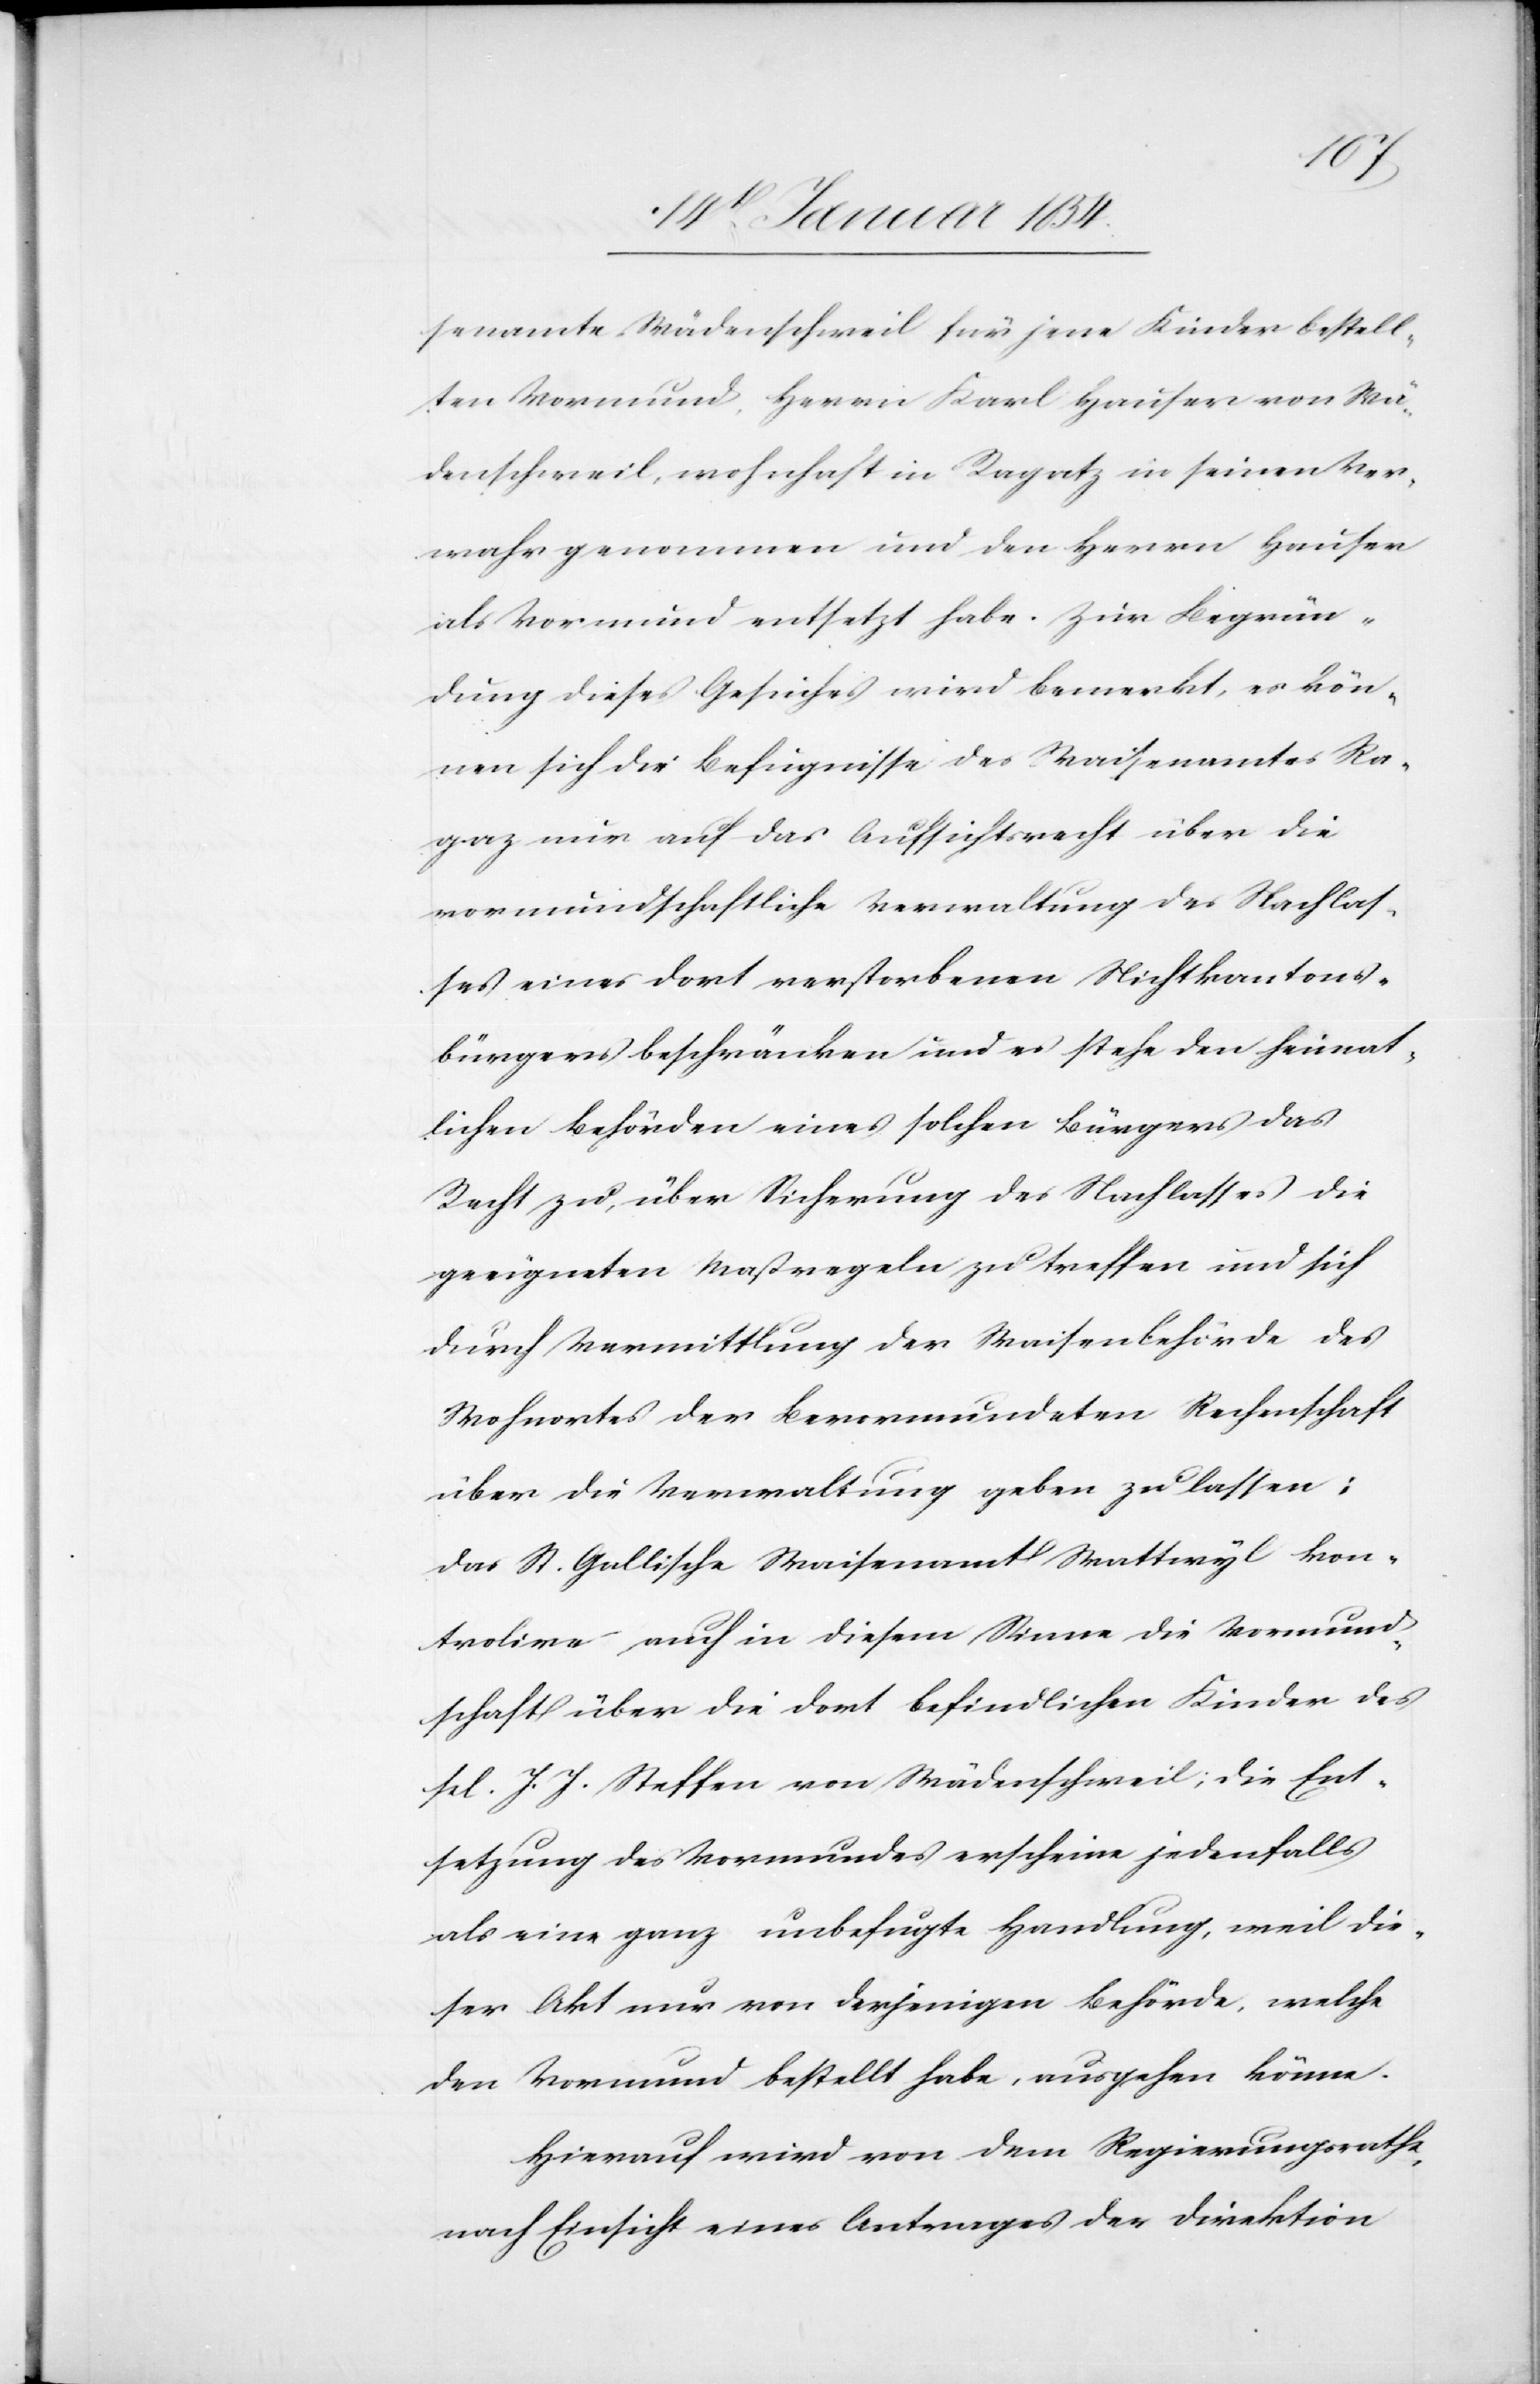
senamte Wädenschweil für jene Kinder bestell¬
ten Vormund, Herrn Karl Hauser von Wä¬
denschweil, wohnhaft in Ragatz in seinen Ver¬
wahr genommen und den Herrn Hauser
als Vormund entsetzt habe. Zur Begrün¬
dung dieses Gesuches wird bemerkt, es kön¬
nen sich die Befugnisse des Waisenamtes Ra¬
gaz nur auf das Aufsichtsrecht über die
vormundschaftliche Verwaltung des Nachlas¬
ses eines dort verstorbenen Nichtkantons¬
bürgers beschränken und es stehe den heimat¬
lichen Behörden eines solchen Bürgers das
Recht zu, über Sicherung des Nachlasses die
geringsten Maßregeln zu treffen und sich
durch Vermittlung der Waisenbehörde des
Wohnortes der Bevormundeten Rechenschaft
über die Verwaltung gebe zu lassen;
das St. Gallische Waisenamt Wattwyl kon¬
trolire auch in diesem Sinne die Vormund¬
schaft über die dort befindlichen Kinder des
sel. J. J. Steffen von Wädenschweil; die Ent¬
setzung des Vormundes erscheine jedenfalls
als eine ganz unbefugte Handlung, weil die¬
ser Akt nur von derjenigen Behörde, welche
den Vormund bestellt habe, ausgehen könne.
Hierauf wird von dem Regierungsrathe,
nach Einsicht eines Antrages der Direktion